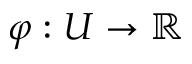
\varphi : U \rightarrow \mathbb { R }